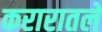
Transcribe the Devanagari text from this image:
करारातले